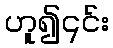
ဟူ၍၎င်း